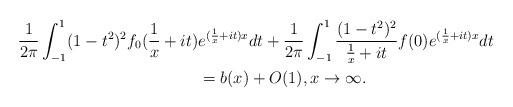
LaTeX: \begin{align*} \frac1{2\pi}\int_{-1}^1(1-t^2)^2f_0(\frac1x+it)&e^{(\frac1x+it)x}dt+\frac1{2\pi}\int_{-1}^1\frac{(1-t^2)^2}{\frac1x+it}f(0)e^{(\frac1x+it)x}dt\\ &=b(x)+O(1),x\to\infty. \end{align*}